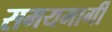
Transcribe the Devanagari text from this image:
समयमार्गी